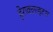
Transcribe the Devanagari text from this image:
हेराक्लाहटस